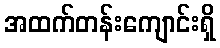
အထက်တန်းကျောင်းရှိ